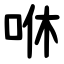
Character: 咻